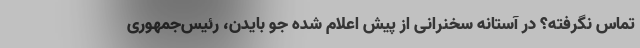
تماس نگرفته؟ در آستانه سخنرانی از پیش اعلام شده جو بایدن، رئیس‌جمهوری